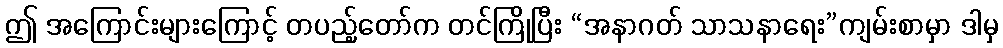
ဤ အကြောင်းများကြောင့် တပည့်တော်က တင်ကြိုပြီး “အနာဂတ် သာသနာရေး”ကျမ်းစာမှာ ဒါမှ